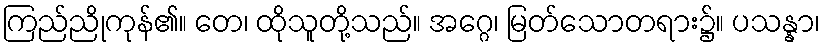
ကြည်ညိုကုန်၏။ တေ၊ ထိုသူတို့သည်။ အဂ္ဂေ၊ မြတ်သောတရား၌။ ပသန္နာ၊